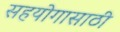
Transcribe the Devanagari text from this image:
सहयोगासाठी